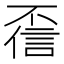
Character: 𫠻